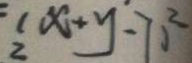
\frac { 1 } { 2 } x + y - 7 0 ^ { 2 }